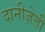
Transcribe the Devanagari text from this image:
दानीज़ेत्ती